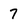
Character: 7